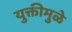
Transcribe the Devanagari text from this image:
युक्तीमुळे